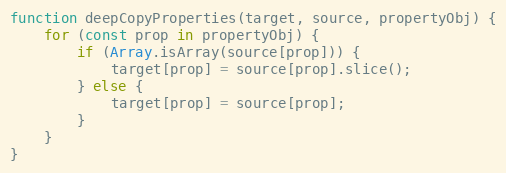
Language: JavaScript
function deepCopyProperties(target, source, propertyObj) {
    for (const prop in propertyObj) {
        if (Array.isArray(source[prop])) {
            target[prop] = source[prop].slice();
        } else {
            target[prop] = source[prop];
        }
    }
}